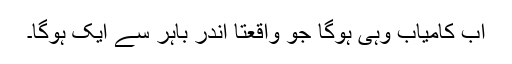
اب کامیاب وہی ہوگا جو واقعتاً اندر باہر سے ایک ہوگا۔